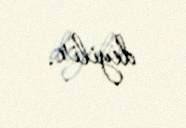
deyilir.